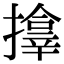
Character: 𪮷